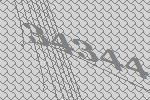
34344